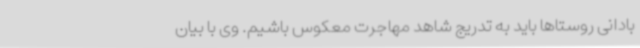
بادانی روستاها باید به تدریج شاهد مهاجرت معکوس باشیم. وی با بیان